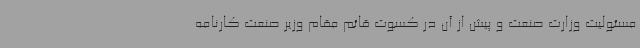
مسئولیت وزارت صنعت و پیش از آن در کسوت قائم مقام وزیر صنعت کارنامه